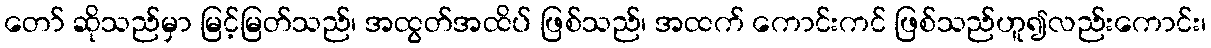
တော် ဆိုသည်မှာ မြင့်မြတ်သည်၊ အထွတ်အထိပ် ဖြစ်သည်၊ အထက် ကောင်းကင် ဖြစ်သည်ဟူ၍လည်းကောင်း၊